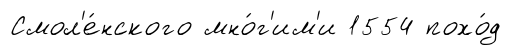
Смол'е́нского мно́г'им'и 1554 похо́д